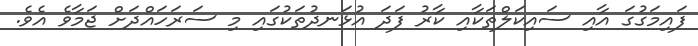
ފައިމަގުގަ އާއި ސައިކަލްތަކާއި ކާރު ފަދަ އުޅަނދުތަކުގައި މި ސަރަހައްދަށް ޖަމާވެ އެވެ.